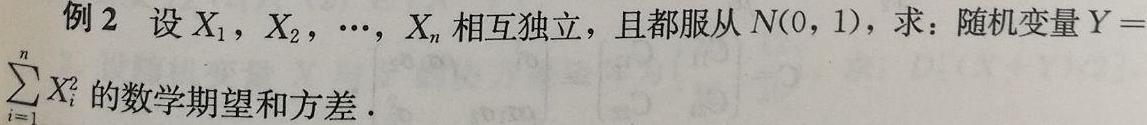
例 2 设$X_1,X_2,\cdots,X_n$相互独立，且都服从$N(0,1)$，求：随机变量$Y = \sum_{i = 1}^{n}X_i^2$的数学期望和方差.